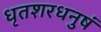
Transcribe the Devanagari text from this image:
धृतशरधनुषं